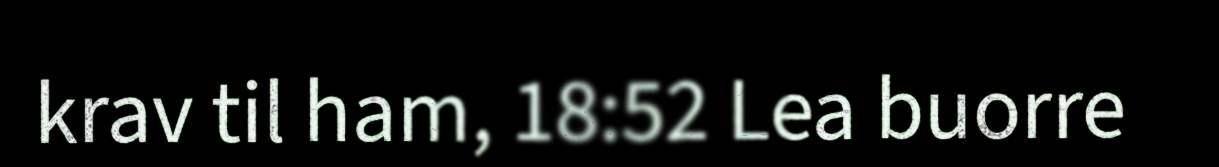
krav til ham, 18:52 Lea buorre